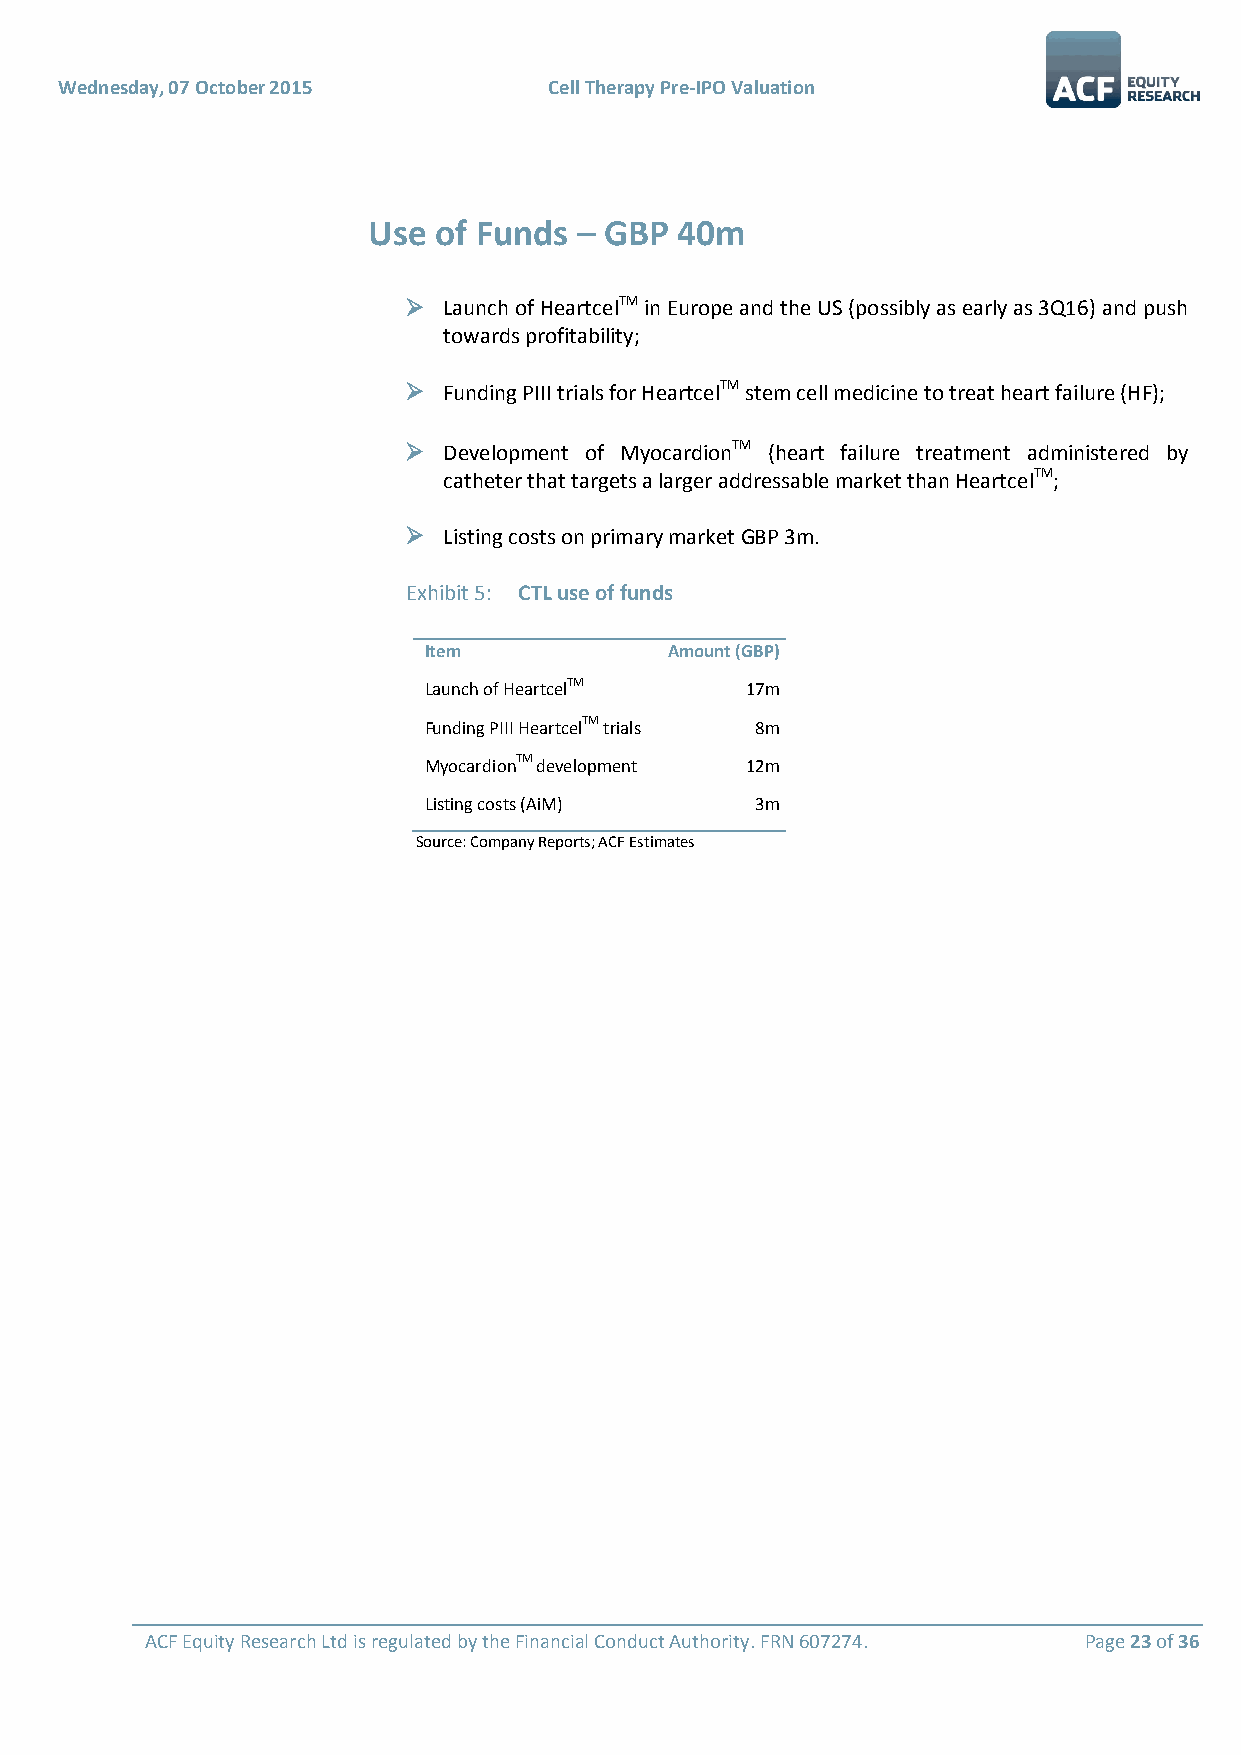
Wednesday, 07 October 2015      Cell Therapy Pre-IPO Valuation
 Use  of Funds – GBP  40m
  Launch of HeartcelTM in Europe and the US (possibly as early as 3Q16) and push
 towards profitability;
  Funding PIII trials for HeartcelTM stem cell medicine to treat heart failure (HF);
  Development of MyocardionTM (heart failure treatment administered by
 catheter that targets a larger addressable market than HeartcelTM;
  Listing costs on primary market GBP 3m.
 Exhibit 5: CTL use of funds
 Item            Amount (GBP)
 Launch of HeartcelTM 17m
 Funding PIII HeartcelTM trials 8m
 MyocardionTM development 12m
 Listing costs (AiM)   3m
 Source: Company Reports; ACF Estimates
 ACF Equity Research Ltd is regulated by the Financial Conduct Authority. FRN 607274. Page 23 of 36